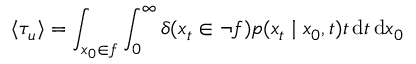
\langle \tau _ { u } \rangle = \int _ { x _ { 0 } \in f } \int _ { 0 } ^ { \infty } \delta ( { x _ { t } \in \lnot f } ) p ( x _ { t } \mid x _ { 0 } , t ) t \, \mathrm { d } t \, \mathrm { d } x _ { 0 }